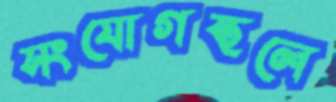
সংযোগস্থলে